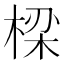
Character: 𬃒